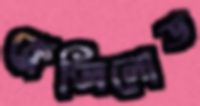
ফ্লেক্সিলোড